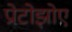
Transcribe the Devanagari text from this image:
प्रोटोझोए